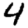
Digit: 4